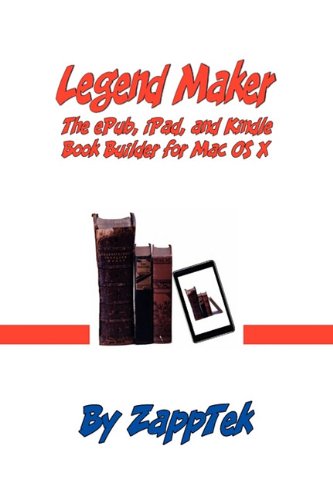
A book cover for Legend Maker: The Epub, iPad, and Kindle Book Builder for Mac OS X; Zapptek; Computers & Technology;